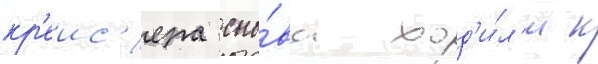
кр'еис'ера сно́ва ход'и́л'и к